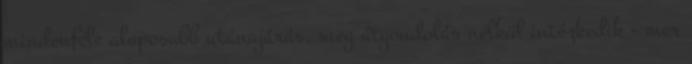
mindenféle alaposabb utánajárás, meg átgondolás nélkül intézkedik - mer